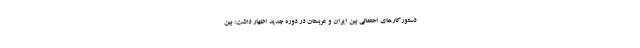
دستورکارهای احتمالی بین ایران و عربستان در دوره جدید اظهار داشت: بین